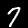
Label: 7